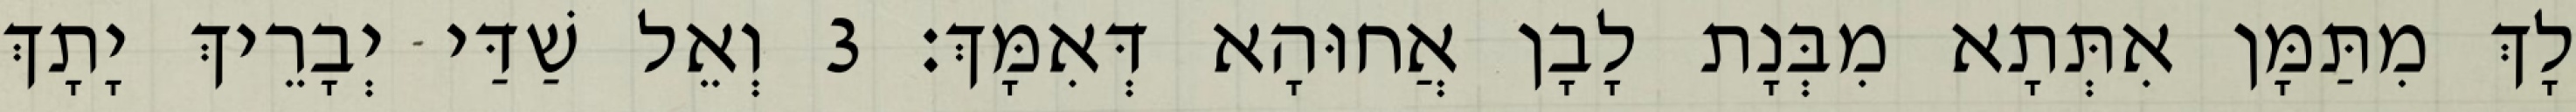
לָךְ מִתַּמָּן אִתְּתָא מִבְּנָת לָבָן אֲחוּהָא דְּאִמָּךְ׃ 3 וְאֵל שַׁדַּי יְבָרֵיךְ יָתָךְ